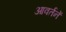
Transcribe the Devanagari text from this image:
आवर्तनें